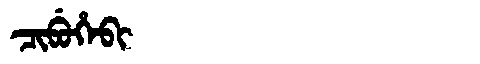
Manchu: ᠴᡳᠪᡠᡥᡝᠪᡳ
Romanization: CIBUHEBI